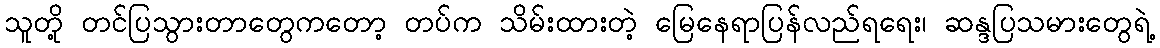
သူတို့ တင်ပြသွားတာတွေကတော့ တပ်က သိမ်းထားတဲ့ မြေနေရာပြန်လည်ရရေး၊ ဆန္ဒပြသမားတွေရဲ့